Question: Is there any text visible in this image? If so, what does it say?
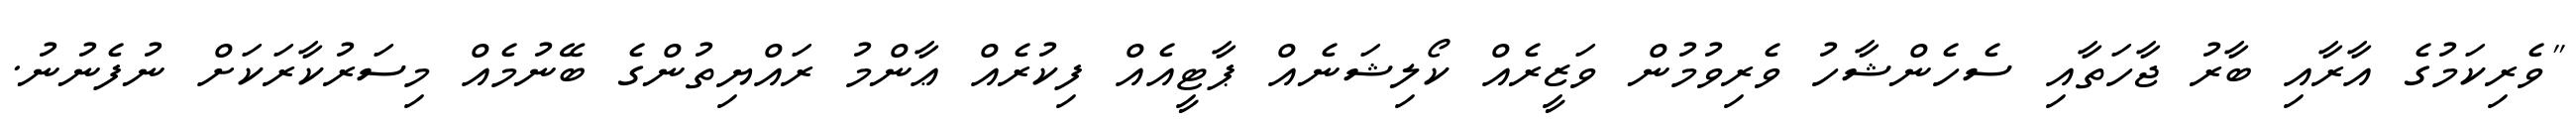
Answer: "ވެރިކަމުގެ އާރާއި ބާރު ޖާހަތާއި ސެހެންޝާހު ވެރިވުމުން ވަޒީރެއް ކޯލިޝަނެއް ޕާޓީއެއް ފިކުރެއް ޢާންމު ރައްޔިތުންގެ ބޭނުމެއް މިސަރުކާރަކަށް ނުފެނުނު.